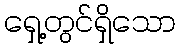
ရှေ့တွင်ရှိသော